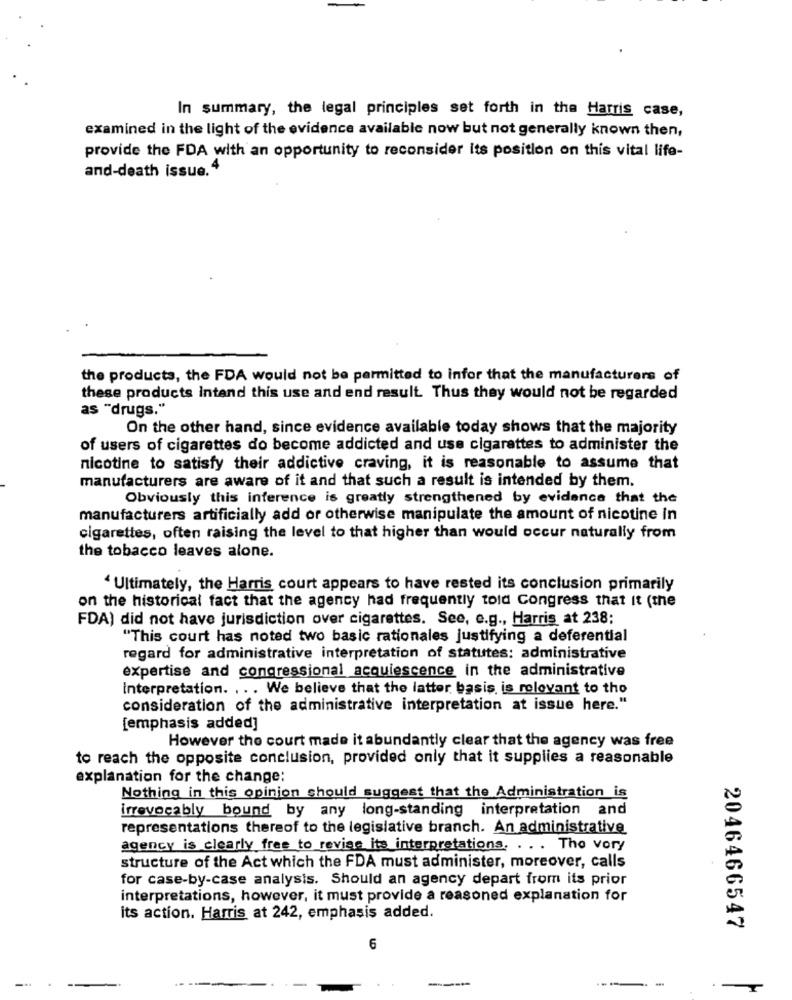
In summary, the legal principles set forth in the Harris case,
examined in the light of the evidence available now but not generally known then,
provide the FDA with an opportunity to reconsider its position on this vital life-
and-death issue.4
the products, the FDA would not be permitted to infor that the manufacturers of
these products Intend this use and end result. Thus they would not be regarded
as "drugs."
On the other hand, since evidence available today shows that the majority
of users of cigarettes do become addicted and use cigarettes to administer the
nicotine to satisfy their addictive craving, it is reasonable to assume that
manufacturers are aware of it and that such a result is intended by them.
Obviously this inference is greatly strengthened by evidence that the
manufacturers artificially add or otherwise manipulate the amount of nicotine in
cigarettes, often raising the level to that higher than would occur naturally from
the tobacco leaves alone.
Ultimately, the Harris court appears to have rested its conclusion primarily
on the historical fact that the agency had frequently told congress that It (the
FDA) did not have jurisdiction over cigarettes. See, e.g ., Harris at 238:
"This court has noted two basic rationales justifying a deferential
regard for administrative interpretation of statutes: administrative
expertise and congressional acquiescence in the administrative
Interpretation. ... We believe that the latter basis is relevant to tho
consideration of the administrative interpretation at issue here."
[emphasis added]
However the court made it abundantly clear that the agency was free
to reach the opposite conclusion, provided only that it supplies a reasonable
explanation for the change:
Nothing in this opinion should suggest that the Administration is
irrevocably bound by any long-standing interpretation and
representations thereof to the legislative branch. An administrative
agency is clearly free to revise its interpretations. . .. Tho vory
structure of the Act which the FDA must administer, moreover, calls
for case-by-case analysis. Should an agency depart from its prior
interpretations, however, it must provide a reasoned explanation for
its action. Harris at 242, emphasis added.
2046466547
6
-I